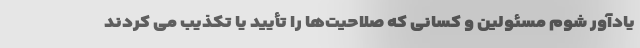
یادآور شوم مسئولین و کسانی که صلاحیت‌ها را تأیید یا تکذیب می کردند